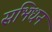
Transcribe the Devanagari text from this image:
सभिधन